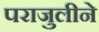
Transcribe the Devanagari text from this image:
पराजुलीने